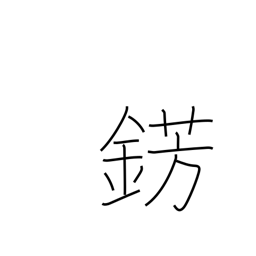
Meaning: metal jewelry